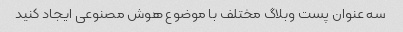
سه عنوان پست وبلاگ مختلف با موضوع هوش مصنوعی ایجاد کنید